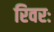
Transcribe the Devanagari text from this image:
रिवरः